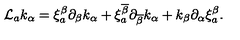
{ \cal L } _ { a } k _ { \alpha } = \xi _ { a } ^ { \beta } \partial _ { \beta } k _ { \alpha } + \xi _ { a } ^ { \overline { { \beta } } } \partial _ { \overline { { \beta } } } k _ { \alpha } + k _ { \beta } \partial _ { \alpha } \xi _ { a } ^ { \beta } .